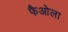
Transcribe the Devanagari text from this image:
फैओला